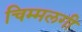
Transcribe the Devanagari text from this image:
चिम्मलगी